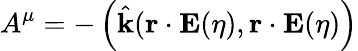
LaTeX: A^{\mu}=-\left(\hat{\mathbf{k}}(\mathbf{r}\cdot\mathbf{E}(\eta),\mathbf{r}\cdot\mathbf{E}(\eta)\right)